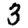
Digit: 3